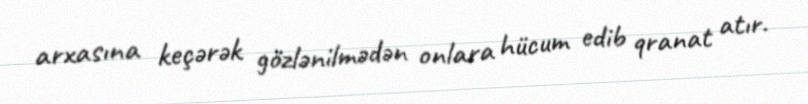
arxasına keçərək gözlənilmədən onlara hücum edib qranat atır.